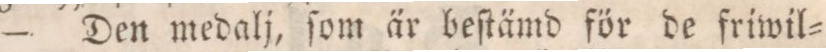
— Den medalj, ſom är beſtämd för de friwil=